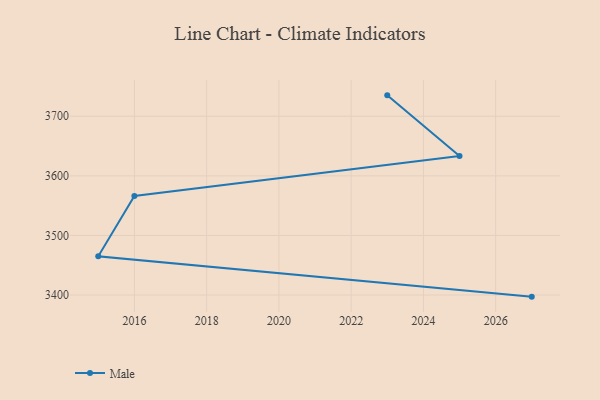
{"axis": {"x": "Year", "y": "Churn Rate (%)"}, "legend": ["Male"], "data": [{"x": "2023", "y": 3735.1, "type": "Male"}, {"x": "2025", "y": 3633.2, "type": "Male"}, {"x": "2016", "y": 3566.3, "type": "Male"}, {"x": "2015", "y": 3465.0, "type": "Male"}, {"x": "2027", "y": 3397.3, "type": "Male"}]}